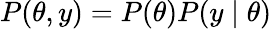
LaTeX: P(\theta,y)=P(\theta)P(y\mid\theta)